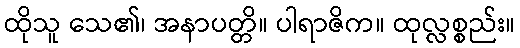
ထိုသူ သေ၏၊ အနာပတ္တိ။ ပါရာဇိက။ ထုလ္လစ္စည်း။